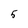
Character: 5